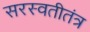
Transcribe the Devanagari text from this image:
सरस्वतीतंत्र